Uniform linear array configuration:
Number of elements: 32
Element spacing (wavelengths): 0.5
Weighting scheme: hann
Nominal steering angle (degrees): -45
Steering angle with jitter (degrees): -45.938
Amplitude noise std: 0.05
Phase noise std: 0.05

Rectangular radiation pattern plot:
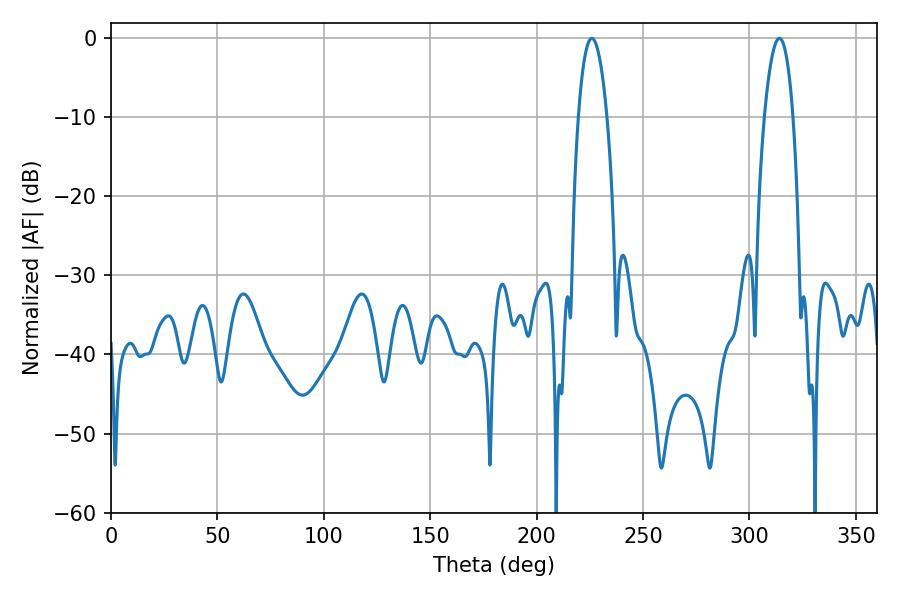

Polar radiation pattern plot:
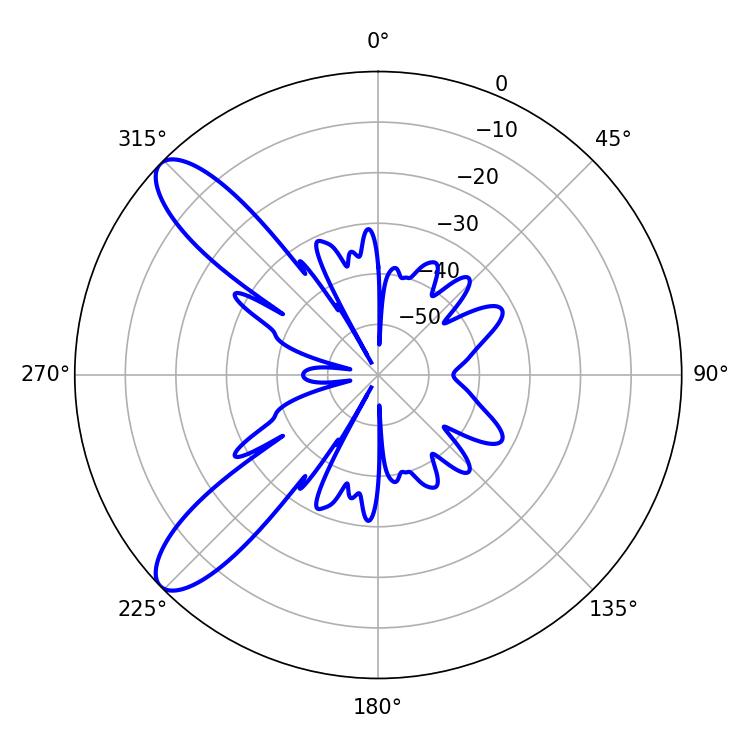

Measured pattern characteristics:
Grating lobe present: FALSE
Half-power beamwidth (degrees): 7.56
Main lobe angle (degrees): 225.9